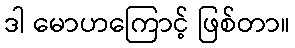
ဒါ မောဟကြောင့် ဖြစ်တာ။